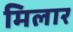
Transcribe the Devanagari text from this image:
मिलार